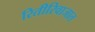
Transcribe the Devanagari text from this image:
रितीरिवाजात